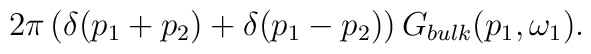
2\pi \left( \delta (p_{1}+p_{2})+\delta (p_{1}-p_{2})\right) G_{bulk}(p_{1},\omega _{1}).